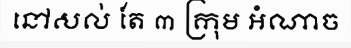
នៅសល់ តែ ៣ ក្រុម អំណាច